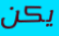
يكن